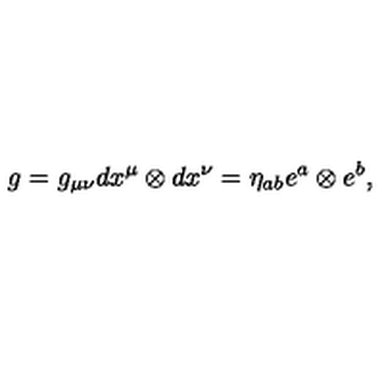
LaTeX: g = g _ { \mu \nu } d x ^ { \mu } \otimes d x ^ { \nu } = \eta _ { a b } e ^ { a } \otimes e ^ { b } ,